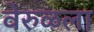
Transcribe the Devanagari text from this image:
वेरुळला